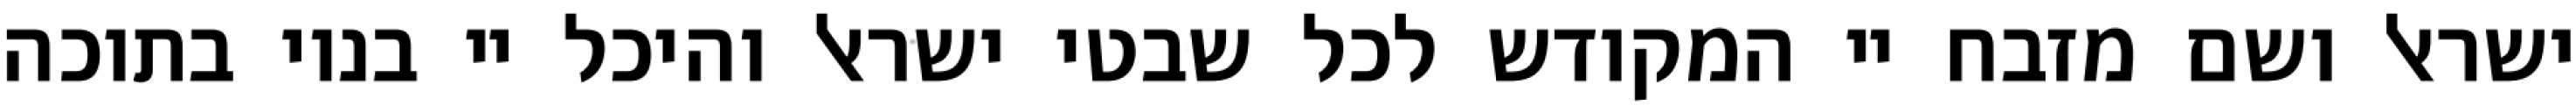
ישראל ושם מזבח יי המקודש לכל שבטי ישראל והיכל יי בנוי בתוכה